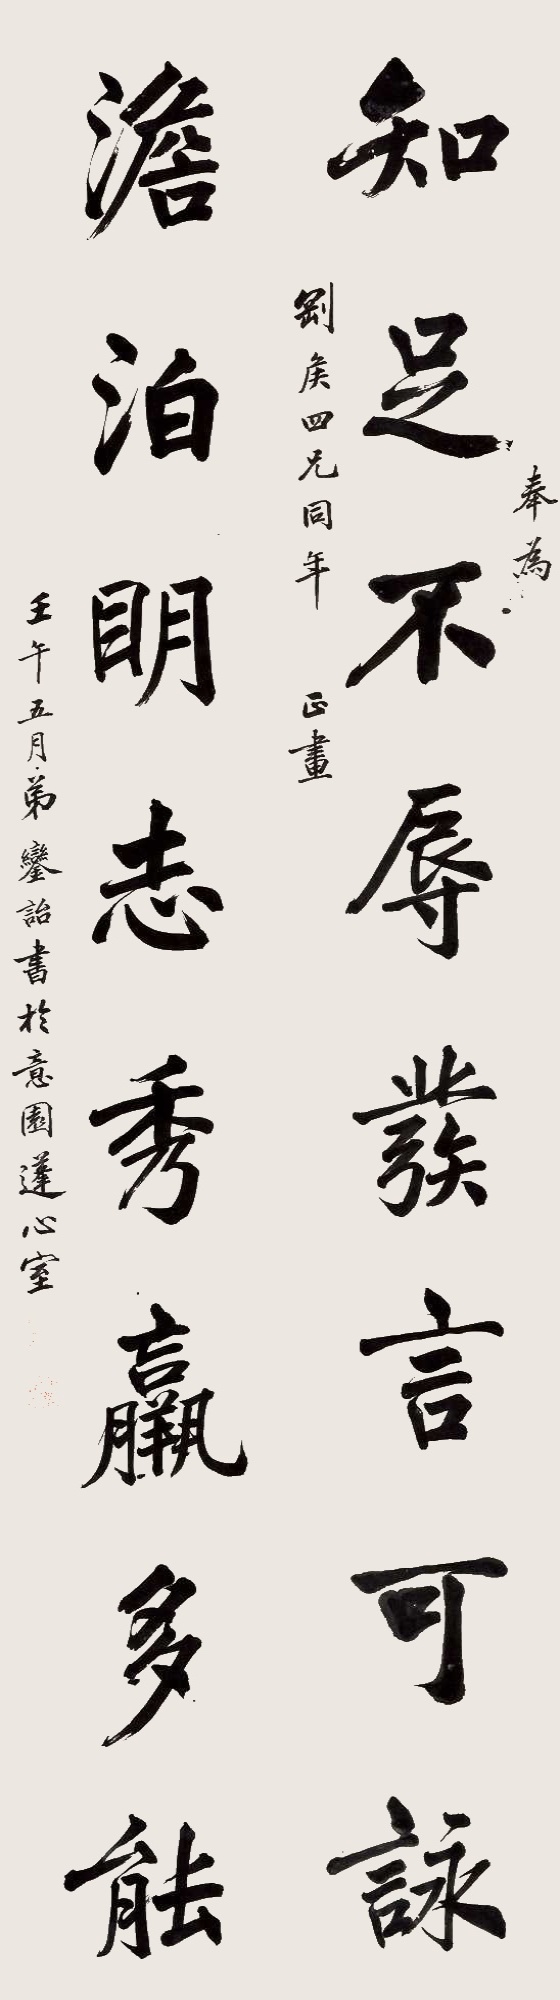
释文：知足不辱发言可咏，淡泊明志秀羸多能。奉为刚侯四兄同年正画。壬午五月，弟銮诒书于意园蓬心室。